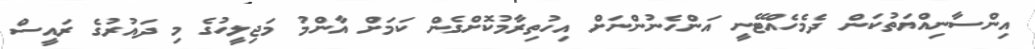
އިންސާނިއްޔަތުކަން ދެމެހެއްޓޭނީ އަންހެނުންނަށް އިހުތިރާމުކޮށްގެން ކަމަށް އާންމު މަޖިލީހުގެ މި ދައުރުގެ ރައީސް